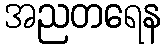
အညတရေန